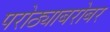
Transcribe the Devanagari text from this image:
परोठ्याबरोबर